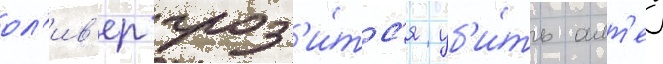
ол'ив'ер гроз'и́тс'я уб'и́ть алт'еу